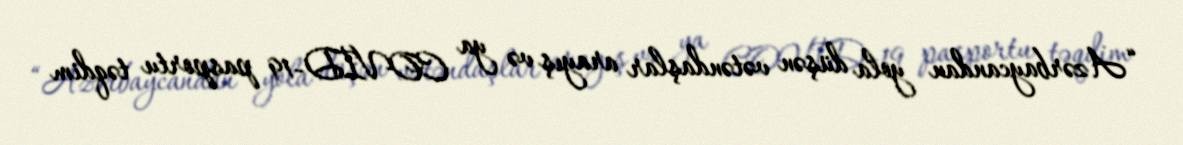
“Azərbaycandan yola düşən vətəndaşlar arayış və ya COVİD-19 pasportu təqdim